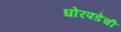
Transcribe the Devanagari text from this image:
घोरपडेची